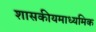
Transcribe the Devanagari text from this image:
शासकीयमाध्यमिक